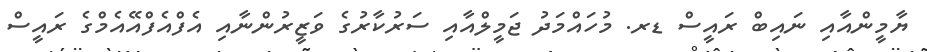
ޔާމީންއާއި ނައިބް ރައީސް ޑރ. މުހައްމަދު ޖަމީލްއާއި ސަރުކާރުގެ ވަޒީރުންނާއި އެފްއެފްއޭއެމްގެ ރައީސް